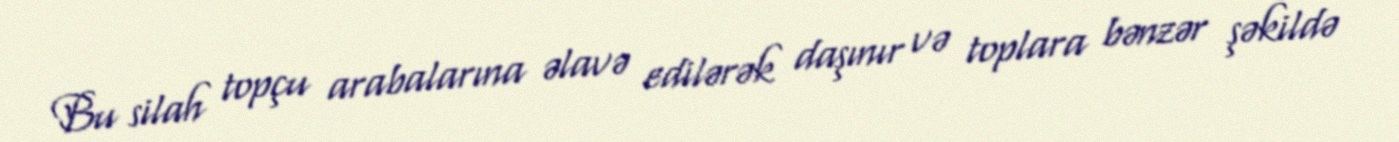
Bu silah topçu arabalarına əlavə edilərək daşınır və toplara bənzər şəkildə